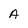
Character: A